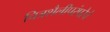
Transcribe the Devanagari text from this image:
चित्रशैलीपरंपरेचे